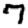
Digit: 7